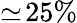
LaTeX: \simeq\! 25\%